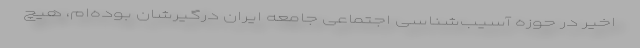
اخیر در حوزه آسیب‌شناسی اجتماعی جامعهٔ ایران درگیرشان بوده‌ام، هیچ